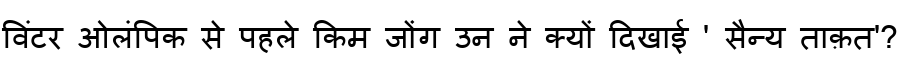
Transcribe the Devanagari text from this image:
विंटर ओलंपिक से पहले किम जोंग उन ने क्यों दिखाई ' सैन्य ताक़त'?